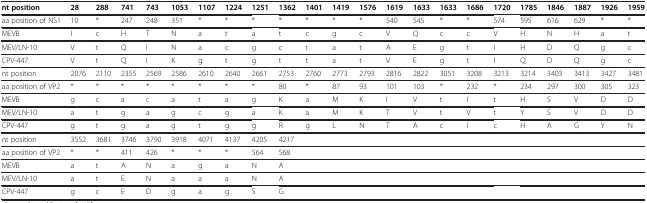
<table><thead><tr><td><b>nt position</b></td><td><b>28</b></td><td><b>288</b></td><td><b>741</b></td><td><b>743</b></td><td><b>1053</b></td><td><b>1107</b></td><td><b>1224</b></td><td><b>1251</b></td><td><b>1362</b></td><td><b>1401</b></td><td><b>1419</b></td><td><b>1576</b></td><td><b>1619</b></td><td><b>1633</b></td><td><b>1633</b></td><td><b>1686</b></td><td><b>1720</b></td><td><b>1785</b></td><td><b>1846</b></td><td><b>1887</b></td><td><b>1926</b></td><td><b>1959</b></td></tr></thead><tbody><tr><td>aa position of NS1</td><td>10</td><td>*</td><td>247</td><td>248</td><td>351</td><td>*</td><td>*</td><td>*</td><td>*</td><td>*</td><td>*</td><td>*</td><td>540</td><td>545</td><td>*</td><td>*</td><td>574</td><td>595</td><td>616</td><td>629</td><td>*</td><td>*</td></tr><tr><td>MEVB</td><td>I</td><td>c</td><td>H</td><td>T</td><td>N</td><td>a</td><td>t</td><td>a</td><td>t</td><td>c</td><td>g</td><td>c</td><td>V</td><td>Q</td><td>c</td><td>c</td><td>V</td><td>H</td><td>N</td><td>H</td><td>a</td><td>t</td></tr><tr><td>MEV/LN-10</td><td>V</td><td>t</td><td>Q</td><td>I</td><td>N</td><td>a</td><td>c</td><td>g</td><td>c</td><td>t</td><td>a</td><td>t</td><td>A</td><td>E</td><td>g</td><td>t</td><td>I</td><td>H</td><td>D</td><td>Q</td><td>g</td><td>c</td></tr><tr><td>CPV-447</td><td>V</td><td>t</td><td>Q</td><td>I</td><td>K</td><td>g</td><td>t</td><td>g</td><td>t</td><td>t</td><td>a</td><td>t</td><td>V</td><td>E</td><td>g</td><td>t</td><td>I</td><td>Q</td><td>D</td><td>Q</td><td>g</td><td>c</td></tr><tr><td>nt position</td><td>2076</td><td>2110</td><td>2355</td><td>2569</td><td>2586</td><td>2610</td><td>2640</td><td>2661</td><td>2753</td><td>2760</td><td>2773</td><td>2793</td><td>2816</td><td>2822</td><td>3051</td><td>3208</td><td>3213</td><td>3214</td><td>3403</td><td>3413</td><td>3427</td><td>3481</td></tr><tr><td>aa position of VP2</td><td>*</td><td>*</td><td>*</td><td>*</td><td>*</td><td>*</td><td>*</td><td>*</td><td>80</td><td>*</td><td>87</td><td>93</td><td>101</td><td>103</td><td>*</td><td>232</td><td>*</td><td>234</td><td>297</td><td>300</td><td>305</td><td>323</td></tr><tr><td>MEVB</td><td>g</td><td>c</td><td>a</td><td>c</td><td>a</td><td>t</td><td>a</td><td>g</td><td>K</td><td>a</td><td>M</td><td>K</td><td>I</td><td>V</td><td>t</td><td>I</td><td>t</td><td>H</td><td>S</td><td>V</td><td>D</td><td>D</td></tr><tr><td>MEV/LN-10</td><td>a</td><td>t</td><td>g</td><td>a</td><td>g</td><td>c</td><td>g</td><td>a</td><td>K</td><td>a</td><td>M</td><td>K</td><td>T</td><td>V</td><td>t</td><td>V</td><td>t</td><td>Y</td><td>S</td><td>V</td><td>D</td><td>D</td></tr><tr><td>CPV-447</td><td>g</td><td>t</td><td>g</td><td>a</td><td>g</td><td>t</td><td>g</td><td>g</td><td>R</td><td>g</td><td>L</td><td>N</td><td>T</td><td>A</td><td>c</td><td>I</td><td>c</td><td>H</td><td>A</td><td>G</td><td>Y</td><td>N</td></tr><tr><td>nt position</td><td>3552</td><td>3681</td><td>3746</td><td>3790</td><td>3918</td><td>4071</td><td>4137</td><td>4205</td><td>4217</td><td> </td><td> </td><td> </td><td> </td><td> </td><td> </td><td> </td><td> </td><td> </td><td> </td><td> </td><td> </td><td> </td></tr><tr><td>aa position of VP2</td><td>*</td><td>*</td><td>411</td><td>426</td><td>*</td><td>*</td><td>*</td><td>564</td><td>568</td><td> </td><td> </td><td> </td><td> </td><td> </td><td> </td><td> </td><td> </td><td> </td><td> </td><td> </td><td> </td><td> </td></tr><tr><td>MEVB</td><td>a</td><td>t</td><td>A</td><td>N</td><td>a</td><td>g</td><td>a</td><td>N</td><td>A</td><td> </td><td> </td><td> </td><td> </td><td> </td><td> </td><td> </td><td> </td><td> </td><td> </td><td> </td><td> </td><td> </td></tr><tr><td>MEV/LN-10</td><td>a</td><td>t</td><td>E</td><td>N</td><td>a</td><td>a</td><td>a</td><td>N</td><td>A</td><td> </td><td> </td><td> </td><td> </td><td> </td><td> </td><td> </td><td> </td><td> </td><td> </td><td> </td><td> </td><td> </td></tr><tr><td>CPV-447</td><td>g</td><td>c</td><td>E</td><td>D</td><td>g</td><td>a</td><td>g</td><td>S</td><td>G</td><td> </td><td> </td><td> </td><td> </td><td> </td><td> </td><td> </td><td> </td><td> </td><td> </td><td> </td><td> </td><td> </td></tr></tbody></table>